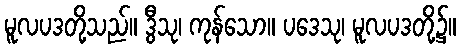
မူလပဒတို့သည်။ ဒွီသု၊ ကုန်သော။ ပဒေသု၊ မူလပဒတို့၌။